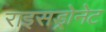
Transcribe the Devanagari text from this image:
राइसड्रोनेट